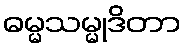
ဓမ္မသမ္မုဒိတာ